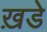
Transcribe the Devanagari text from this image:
ख़डे